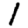
Digit: 1